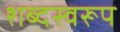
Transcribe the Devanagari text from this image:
शब्दस्वरूप